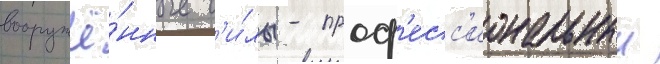
вооружё́нные с'и́лы - проф'есс'иональныи